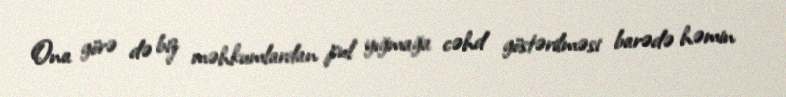
Ona görə də biz məhkumlardan pul yığmağa cəhd göstərilməsi barədə həmin